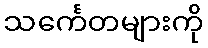
သင်္ကေတများကို